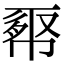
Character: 𢄉